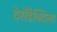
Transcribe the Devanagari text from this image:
टेरोडैक्टिला